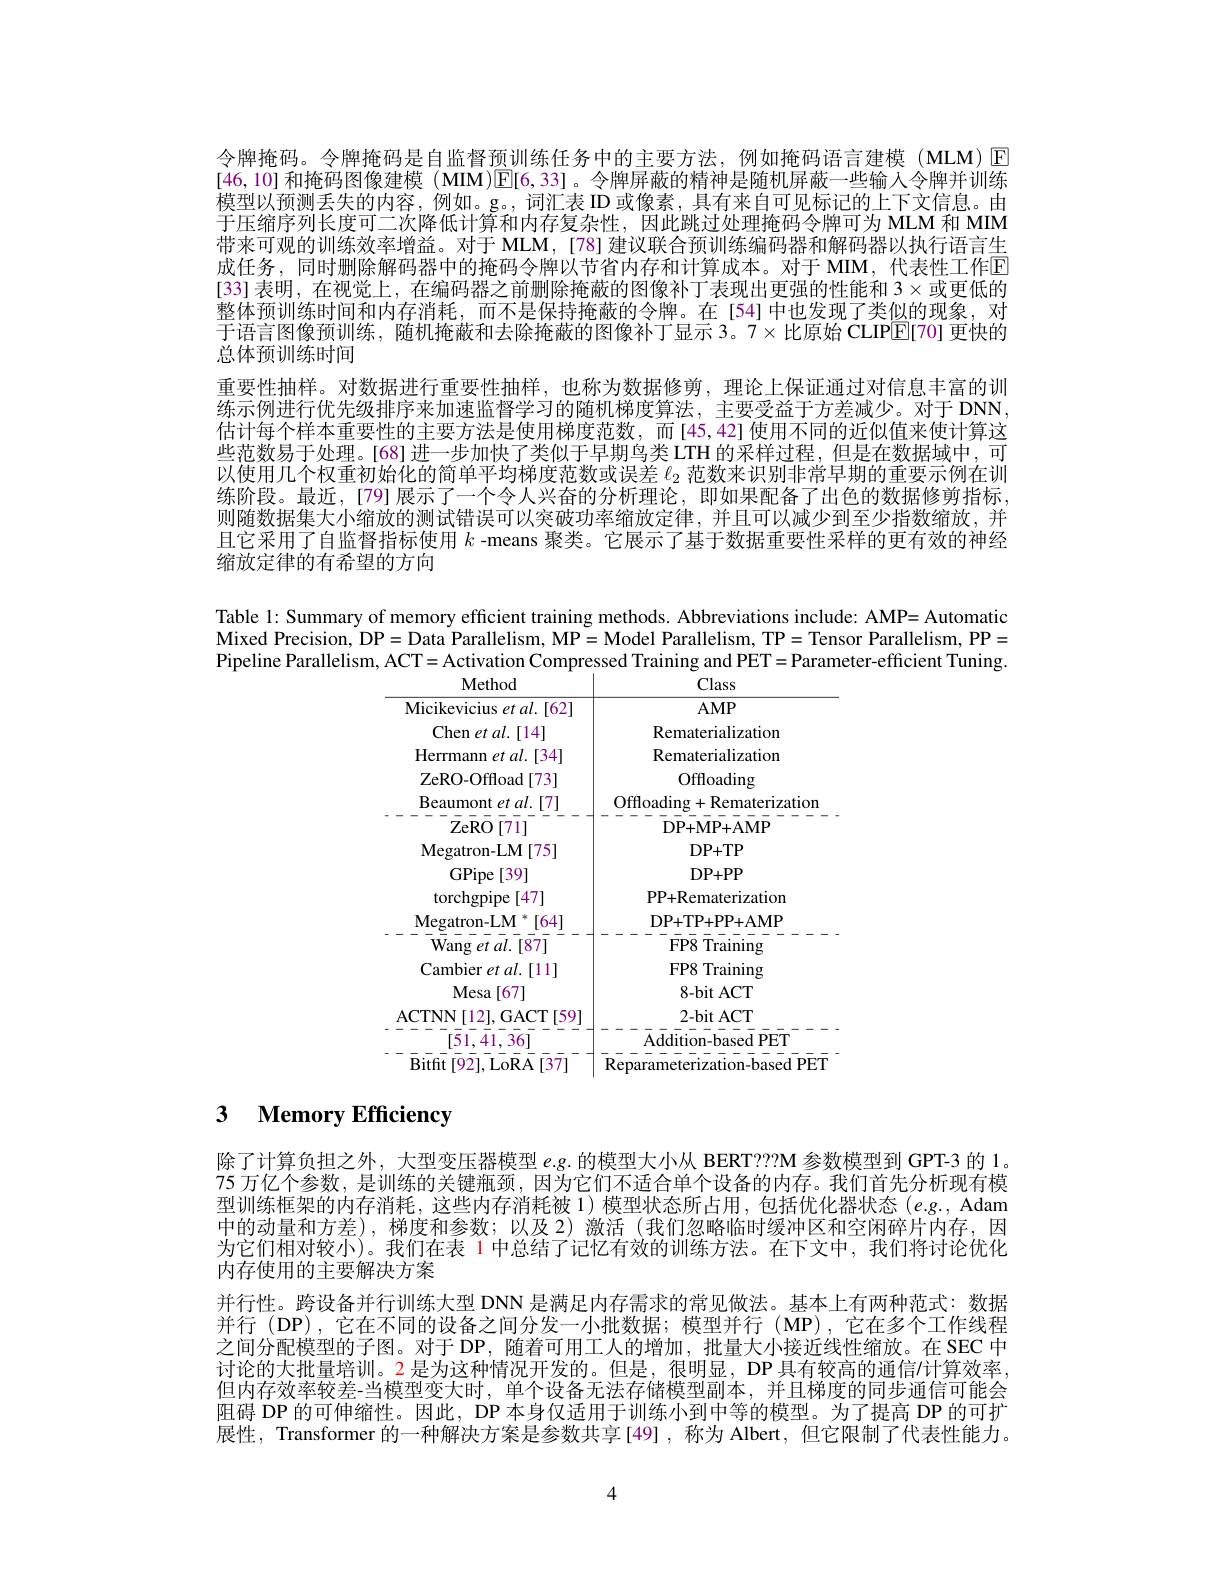
令牌掩码。令牌掩码是自监督预训练任务中的主要方法，例如掩码语言建模 (MLM) E [46,10] 和掩码图像建模 (MIM)$\overline{\mathbb{E}}[6,33]$。令牌屏蔽的精神是随机屏蔽一些输人令牌并训练模型以预测丢失的内容，例如。g。,词汇表 ID 或像素，具有来自可见标记的上下文信息。由于压缩序列长度可二次降低计算和内存复杂性，因此跳过处理掩码令牌可为 MLM 和 MIM 带来可观的训练效率增益。对于 MLM, [78] 建议联合预训练编码器和解码器以执行语言生成任务，同时删除解码器中的掩码令牌以节省内存和计算成本。对于 MIM,代表性工作E [33] 表明，在视觉上，在编码器之前删除掩蔽的图像补丁表现出更强的性能和 3$\times$或更低的整体预训练时间和内存消耗，而不是保持掩蔽的令牌。在[54]中也发现了类似的现象，对于语言图像预训练，随机掩蔽和去除掩蔽的图像补丁显示 3。7$\times$比原始 CLIPE[70] 更快的总体预训练时间
重要性抽样。对数据进行重要性抽样，也称为数据修剪，理论上保证通过对信息丰富的训练示例进行优先级排序来加速监督学习的随机梯度算法，主要受益于方差减少。对于 DNN, 估计每个样本重要性的主要方法是使用梯度范数，而[45,42]使用不同的近似值来使计算这些范数易于处理。[68] 进一步加快了类似于早期鸟类 LTH 的采样过程，但是在数据域中，可以使用几个权重初始化的简单平均梯度范数或误差$\ell_{2}$范数来识别非常早期的重要示例在训练阶段。最近，[79] 展示了一个令人兴奋的分析理论，即如果配备了出色的数据修剪指标， 则随数据集大小缩放的测试错误可以突破功率缩放定律，并且可以减少到至少指数缩放，并且它采用了自监督指标使用$k$ -means 聚类。它展示了基于数据重要性采样的更有效的神经缩放定律的有希望的方向

Table l: Summary of memory efficient training methods. Abbreviations include: AMP= Automatic Mixed Precision, DP= Data Parallelism, MP= Model Parallelism, TP= Tensor Parallelism, PP= Pipeline Parallelism, ACT= Activation Compressed Training and PET= Parameter-efficient Tuning.

<table>
	<tbody>
		<tr>
			<th>Method</th>
			<th>Class</th>
		</tr>
		<tr>
			<td>Micikevicius et al.[62]</td>
			<td>$AMP$</td>
		</tr>
		<tr>
			<td>Chen et al. [14]</td>
			<td>Rematerialization</td>
		</tr>
		<tr>
			<td>Herrmann et al.[34]</td>
			<td>Rematerialization</td>
		</tr>
		<tr>
			<td>ZeRO- Offload[73]</td>
			<td>Offloading</td>
		</tr>
		<tr>
			<td>Beaumont et al.[7] ZeRO 1 [71]</td>
			<td>Offloading+ Rematerization DP+ MP+ AMP</td>
		</tr>
		<tr>
			<td>Megatron- LM[ 75] </td>
			<td>$DP+TP$</td>
		</tr>
		<tr>
			<td>torchgpipe [47]</td>
			<td>PP+Rematerization</td>
		</tr>
		<tr>
			<td>Megatron- LM $\mathbf{1}^{*}\left[64\right]$ $\operatorname { Wang} \textit{et al. [ 87] }$</td>
			<td>DP+ TP+ PP+ AMP FP8 Training</td>
		</tr>
		<tr>
			<td>Cambier et al.[11]</td>
			<td>FP8 Training</td>
		</tr>
		<tr>
			<td>Mesa [67]</td>
			<td>$8-bitACT$</td>
		</tr>
		<tr>
			<td>ACTNN[ 12] , GACT[ 59] [51,41,36] Rit $H_{1}$ -07 $\Delta R\Delta$</td>
			<td>2- bit ACT Addition- based PET $\mathbf{R}_{\mathrm{ang}}$ $\dot{\text{tic}}$ 1- ased PFT</td>
		</tr>
	</tbody>
</table>

## $\textbf{3}$ $\textbf{Memorv Efficiencw}$

除了计算负担之外，大型变压器模型$e.g.$的模型大小从 BERT???M 参数模型到 GPT-3 的 1。75 万亿个参数，是训练的关键瓶颈，因为它们不适合单个设备的内存。我们首先分析现有模型训练框架的内存消耗，这些内存消耗被 1)模型状态所占用，包括优化器状态(e.g., Adam 中的动量和方差),梯度和参数；以及 2)激活(我们忽略临时缓冲区和空闲碎片内存，因为它们相对较小)。我们在表 1 中总结了记忆有效的训练方法。在下文中，我们将讨论优化内存使用的主要解决方案
并行性。跨设备并行训练大型 DNN 是满足内存需求的常见做法。基本上有两种范式：数据并行 (DP),它在不同的设备之间分发一小批数据；模型并行 (MP),它在多个工作线程之间分配模型的子图。对于 DP, 随着可用工人的增加，批量大小接近线性缩放。在 SEC 中讨论的大批量培训。2 是为这种情况开发的。但是，很明显，DP 具有较高的通信$l$计算效率， 但内存效率较差-当模型变大时，单个设备无法存储模型副本，并且梯度的同步通信可能会阻碍 DP 的可伸缩性。因此，DP 本身仅适用于训练小到中等的模型。为了提高 DP 的可扩展性，Transformer 的一种解决方案是参数共享[49] ,称为 Albert,但它限制了代表性能力。

4